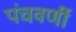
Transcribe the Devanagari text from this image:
पंचवर्णी